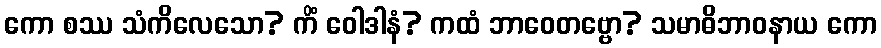
ကော စဿ သံကိလေသော? ကိံ ဝေါဒါနံ? ကထံ ဘာဝေတဗ္ဗော? သမာဓိဘာဝနာယ ကော